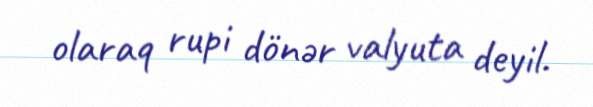
olaraq rupi dönər valyuta deyil.